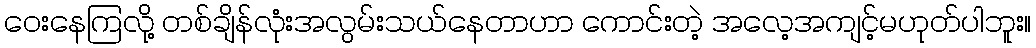
ဝေးနေကြလို့ တစ်ချိန်လုံးအလွမ်းသယ်နေတာဟာ ကောင်းတဲ့ အလေ့အကျင့်မဟုတ်ပါဘူး။